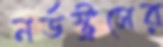
নর্ডস্ট্রসের